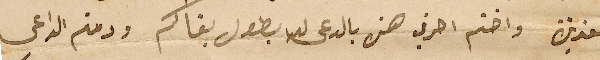
العزيزة واختم احرفي هذه بالدعى لله بطول بقاكم ودمتم الداعى